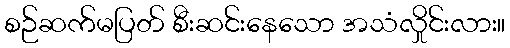
စဉ်ဆက်မပြတ် စီးဆင်းနေသော အသံလှိုင်းလား။